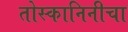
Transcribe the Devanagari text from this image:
तोस्कानिनीचा